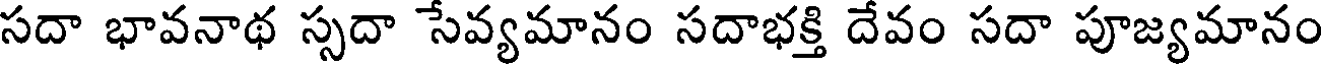
సదా భావనాథ స్సదా సేవ్యమానం సదాభక్తి దేవం సదా పూజ్యమానం